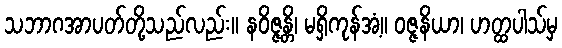
သဘာဂအာပတ်တို့သည်လည်း။ နဝိဇ္ဇန္တိ၊ မရှိကုန်အံ့။ ဝဇ္ဇနိယာ၊ ဟတ္ထပါသ်မှ